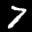
Label: 7